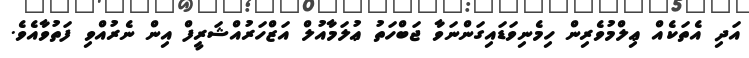
އަދި އެތަކެއް ޢިލްމުވެރިން ހިމެނިވަޑައިގަންނަވާ ޖަބްހަތު ޢުލަމާއުލް އަޒްހަރުއްޝަރީފް އިން ނެރުއްވި ފަތުވާއެވެ.